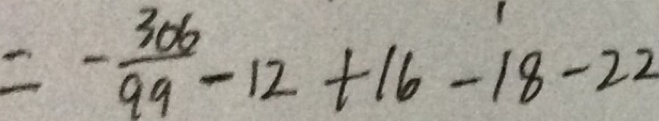
= - \frac { 3 0 6 } { 9 9 } - 1 2 + 1 6 - 1 8 - 2 2